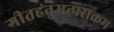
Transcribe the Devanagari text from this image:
गीतहनुमत्पराक्रम